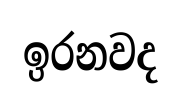
ඉරනවද